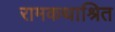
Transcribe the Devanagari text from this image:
रामकथाश्रित